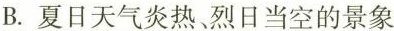
B.夏日天气炎热烈日当空的景象